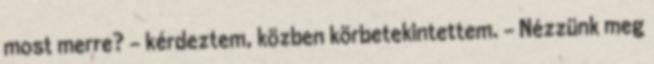
most merre? - kérdeztem, közben körbetekintettem. - Nézzünk meg